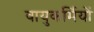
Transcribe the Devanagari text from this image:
वायुकर्मियों